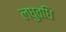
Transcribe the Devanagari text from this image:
लघुवधि